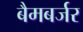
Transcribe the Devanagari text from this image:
बैमबर्जर